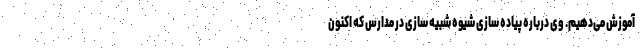
آموزش می‌دهیم. وی درباره پیاده سازی شیوه شبیه سازی در مدارس که اکنون